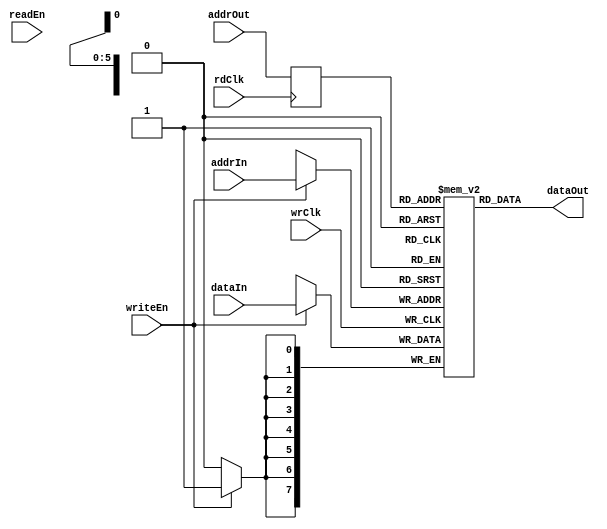
module dpMem_dc(  addrIn, addrOut, wrClk, rdClk, dataIn, writeEn, readEn, dataOut);
   //FIFO_DEPTH = ADDR_WIDTH^2
   parameter FIFO_WIDTH = 8;
   parameter FIFO_DEPTH = 64; 
   parameter ADDR_WIDTH = 6;   
   
   input wrClk;
   input rdClk;
   input [FIFO_WIDTH-1:0] dataIn;
   output [FIFO_WIDTH-1:0] dataOut;
   input 		   writeEn;
   input 		   readEn;
   input [ADDR_WIDTH-1:0]  addrIn;
   input [ADDR_WIDTH-1:0]  addrOut;

   wire 		   wrClk;
   wire 		   rdClk;
   wire [FIFO_WIDTH-1:0]   dataIn;
   //reg [FIFO_WIDTH-1:0] dataOut;
   wire [FIFO_WIDTH-1:0]   dataOut;
   wire 		   writeEn;
   wire 		   readEn;
   wire [ADDR_WIDTH-1:0]   addrIn;
   wire [ADDR_WIDTH-1:0]   addrOut;

   // Added no_rw_check on this -- Julius
   reg [FIFO_WIDTH-1:0]    buffer [0:FIFO_DEPTH-1] /*synthesis syn_ramstyle = "no_rw_check"*/;

   // Modifying this to ensure this is inferred as a block RAM
   
   // Register address
   reg [ADDR_WIDTH-1:0]    addrOut_r;

   always @(posedge rdClk)
     //not sure if we should have this enable here:
     // if (readEn)
     addrOut_r <= addrOut;

   assign dataOut = buffer[addrOut_r];
   
   // synchronous write
   always @(posedge wrClk) begin
      if (writeEn == 1'b1)
	buffer[addrIn] <= dataIn;
   end                  

/*   
   // synchronous read. Introduces one clock cycle delay
   
   always @(posedge rdClk) begin
      dataOut <= buffer[addrOut];
   end
   
   
   // synchronous write
   always @(posedge wrClk) begin
      if (writeEn == 1'b1)
	buffer[addrIn] <= dataIn;
   end                  
*/

endmodule